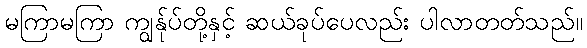
မကြာမကြာ ကျွန်ုပ်တို့နှင့် ဆယ်ခုပ်ပေလည်း ပါလာတတ်သည်။